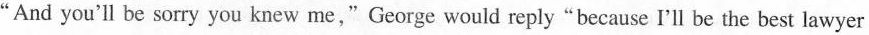
“And you'll be sorry you knew me,"